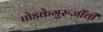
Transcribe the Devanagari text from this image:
घोडकेगुरुजींची